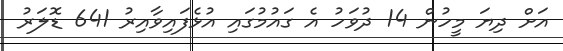
އަށް ދިޔަ މީހުން 14 ދުވަހު އެ ގައުމުގައި އުޅެފައިވާއިރު 641 ޑޮލަރު